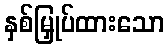
နှစ်မြှုပ်ထားသော